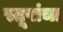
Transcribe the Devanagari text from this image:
स्तूपांचा